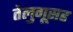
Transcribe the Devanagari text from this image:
तेलुगूसह